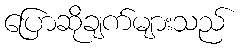
ပြောဆိုချက်များသည်